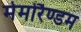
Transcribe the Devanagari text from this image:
मेमोरैण्डम